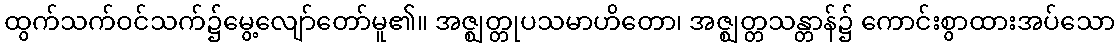
ထွက်သက်ဝင်သက်၌မွေ့လျော်တော်မူ၏။ အဇ္ဈတ္တုပသမာဟိတော၊ အဇ္ဈတ္တသန္တာန်၌ ကောင်းစွာထားအပ်သော